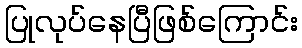
ပြုလုပ်နေပြီဖြစ်ကြောင်း